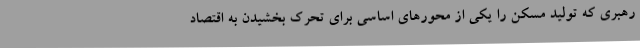
رهبری که تولید مسکن را یکی از محورهای اساسی برای تحرک بخشیدن به اقتصاد